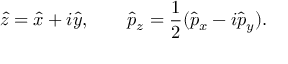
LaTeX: \hat { z } = \hat { x } + i \hat { y } , \qquad \hat { p } _ { z } = \frac { 1 } { 2 } ( \hat { p } _ { x } - i \hat { p } _ { y } ) .